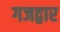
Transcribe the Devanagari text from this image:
गजद्वार